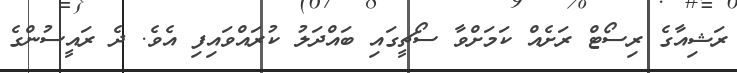
ރަޝިއާގެ ރިސޯޓް ރަށެއް ކަމަށްވާ ސޯޗީގައި ބައްދަލު ކުރައްވައިފި އެވެ. ދެ ރައީސުންގެ